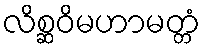
လိစ္ဆဝိမဟာမတ္တံ